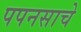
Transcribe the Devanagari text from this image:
पपनसाचे